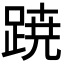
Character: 𮛡